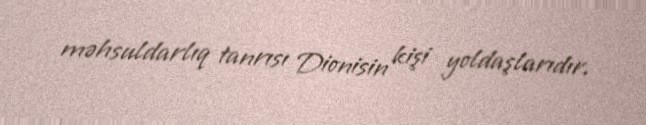
məhsuldarlıq tanrısı Dionisin kişi yoldaşlarıdır.